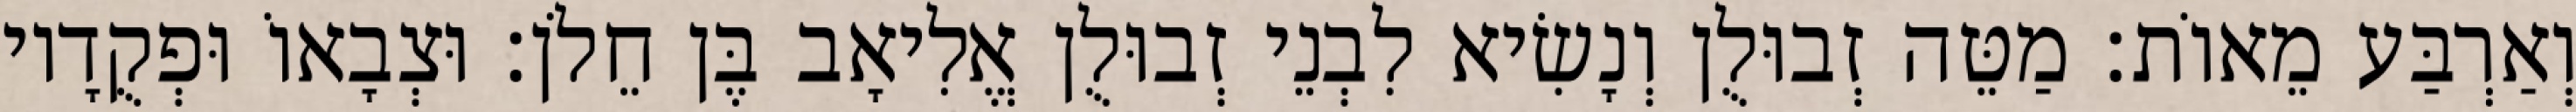
וְאַרְבַּע מֵאוֹת׃ מַטֵּה זְבוּלֻן וְנָשִׂיא לִבְנֵי זְבוּלֻן אֱלִיאָב בֶּן חֵלֹן׃ וּצְבָאוֹ וּפְקֻדָיו